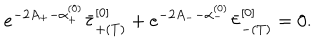
e ^ { - 2 A _ { + } - \alpha _ { + } ^ { ( 0 ) } } \bar { \tau } _ { + ( T ) } ^ { [ 0 ] } + e ^ { - 2 A _ { -- } \alpha _ { - } ^ { ( 0 ) } } \bar { \tau } _ { - ( T ) } ^ { [ 0 ] } = 0 .